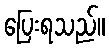
ပြေးရသည်။